Senior Leaving Certificate Examination (including Day School Certificate (Higher) General paper), 1946
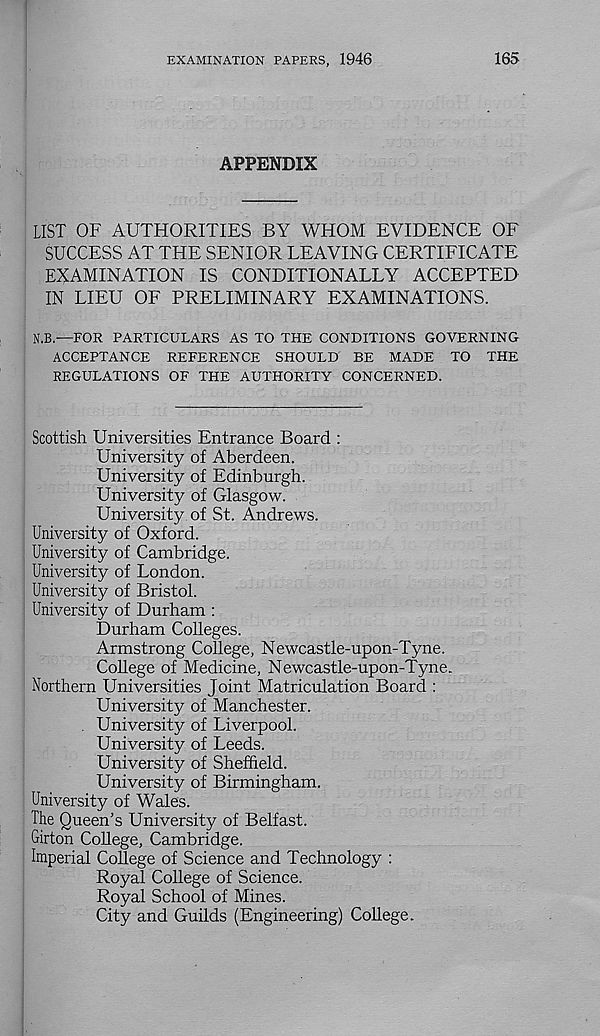
EXAMINATION PAPERS, 1946
165
APPENDIX
LIST OF AUTHORITIES BY WHOM EVIDENCE OF
SUCCESS AT THE SENIOR LEAVING CERTIFICATE
EXAMINATION IS CONDITIONALLY ACCEPTED
IN LIEU OF PRELIMINARY EXAMINATIONS.
N.B.—FOR PARTICULARS AS TO THE CONDITIONS GOVERNING
ACCEPTANCE REFERENCE SHOULD BE MADE TO THE
REGULATIONS OF THE AUTHORITY CONCERNED.
Scottish Universities Entrance Board :
University of Aberdeen.
University of Edinburgh.
University of Glasgow.
University of St. Andrews.
University of Oxford.
University of Cambridge.
University of London.
University of Bristol.
University of Durham :
Durham Colleges.
Armstrong College, Newcastle-upon-Tyne.
College of Medicine, Newcastle-upon-Tyne.
Northern Universities Joint Matriculation Board :
University of Manchester.
. University of Liverpool.
University of Leeds.
University of Sheffield.
University of Birmingham.
University of Wales.
The Queen’s University of Belfast.
Girton College, Cambridge.
Imperial College of Science and Technology :
Royal College of Science.
Royal School of Mines.
City and Guilds (Engineering) College.